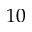
1 0